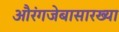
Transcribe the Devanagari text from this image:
औरंगजेबासारख्या